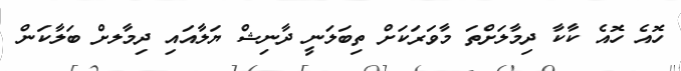
ހޮއެ ހޮއެ ކާކާ ދިމާލަށްތަ މާވަރަކަށް ތިބަލަނީ ދާނިޝް ޔަލާއައި ދިމާލށް ބަލާކަން